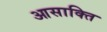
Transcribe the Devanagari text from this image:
आसाक्ति